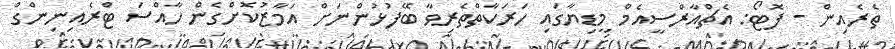
ތެރެއިން - ފޮޓޯ: އެޗްއާރްސީއެމް މީޑިޔާގައި ހަރަކާތްތެރިވާ ބޭފުޅުންނަށް އަމާޒުކޮށްގެން ހާއްސަ ޓްރެއިނިންގް